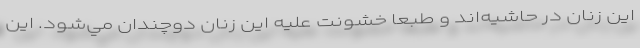
اين زنان در حاشيه‌اند و طبعا خشونت عليه اين زنان دوچندان مي‌شود. اين